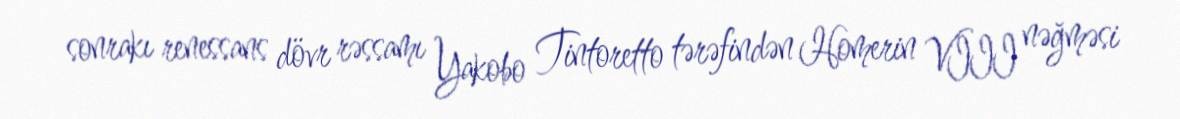
sonrakı renessans dövr rəssamı Yakobo Tintoretto tərəfindən Homerin VIII nəğməsi